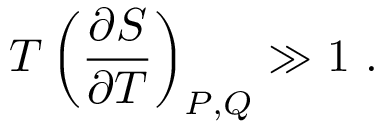
T \left( \frac { \partial S } { \partial T } \right) _ { P , Q } \gg 1 \ .